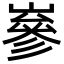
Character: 嵾